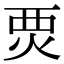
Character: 䙳